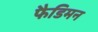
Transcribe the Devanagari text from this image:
फैडिमन